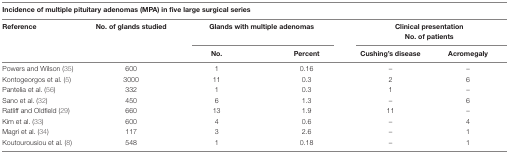
| <COLSPAN=6> Incidence of multiple pituitary adenomas (MPA) in five large surgical series |
 | Reference | No. of glands studied | <COLSPAN=2> Glands with multiple adenomas | <COLSPAN=2> Clinical presentation No. of patients |
 | <COLSPAN=2>  | No. | Percent | Cushing’s disease | Acromegaly |
 | --- | --- | --- | --- | --- | --- |
 | Powers and Wilson (35) | 600 | 1 | 0.16 | – | – |
 | Kontogeorgos et al. (5) | 3000 | 11 | 0.3 | 2 | 6 |
 | Pantelia et al. (56) | 332 | 1 | 0.3 | 1 | – |
 | Sano et al. (32) | 450 | 6 | 1.3 | – | 6 |
 | Ratliff and Oldfield (29) | 660 | 13 | 1.9 | 11 | – |
 | Kim et al. (33) | 600 | 4 | 0.6 | – | 4 |
 | Magri et al. (34) | 117 | 3 | 2.6 | – | 1 |
 | Koutourousiou et al. (8) | 548 | 1 | 0.18 | – | 1 |